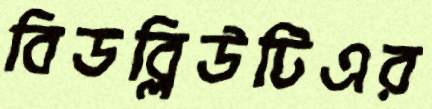
বিডব্লিউটিএর